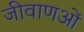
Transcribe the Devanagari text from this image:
जीवाणओं